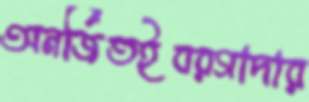
অনর্জিতইবরগাদার